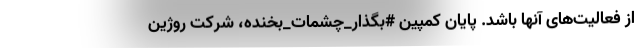
از فعالیت‌های آنها باشد. پایان کمپین #بگذار_چشمات_بخنده، شرکت روژین